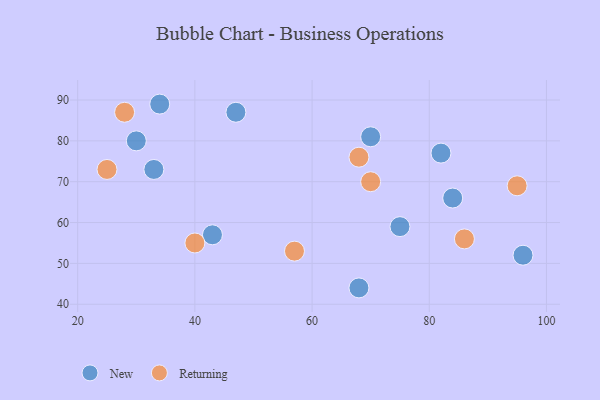
{"axis": {"x": "GDP", "y": "Life Expectancy"}, "legend": ["New", "Returning"], "data": [{"x": "43", "y": 57, "type": "New"}, {"x": "34", "y": 89, "type": "New"}, {"x": "82", "y": 77, "type": "New"}, {"x": "75", "y": 59, "type": "New"}, {"x": "30", "y": 80, "type": "New"}, {"x": "70", "y": 81, "type": "New"}, {"x": "47", "y": 87, "type": "New"}, {"x": "96", "y": 52, "type": "New"}, {"x": "33", "y": 73, "type": "New"}, {"x": "68", "y": 44, "type": "New"}, {"x": "84", "y": 66, "type": "New"}, {"x": "28", "y": 87, "type": "Returning"}, {"x": "25", "y": 73, "type": "Returning"}, {"x": "86", "y": 56, "type": "Returning"}, {"x": "70", "y": 70, "type": "Returning"}, {"x": "95", "y": 69, "type": "Returning"}, {"x": "68", "y": 76, "type": "Returning"}, {"x": "40", "y": 55, "type": "Returning"}, {"x": "57", "y": 53, "type": "Returning"}]}